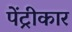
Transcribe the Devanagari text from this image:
पेंट्रीकार